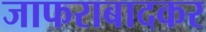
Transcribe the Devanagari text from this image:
जाफराबादकर